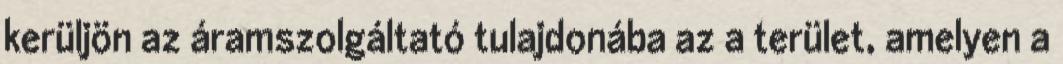
kerüljön az áramszolgáltató tulajdonába az a terület, amelyen a